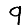
Digit: 9